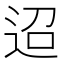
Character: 迢